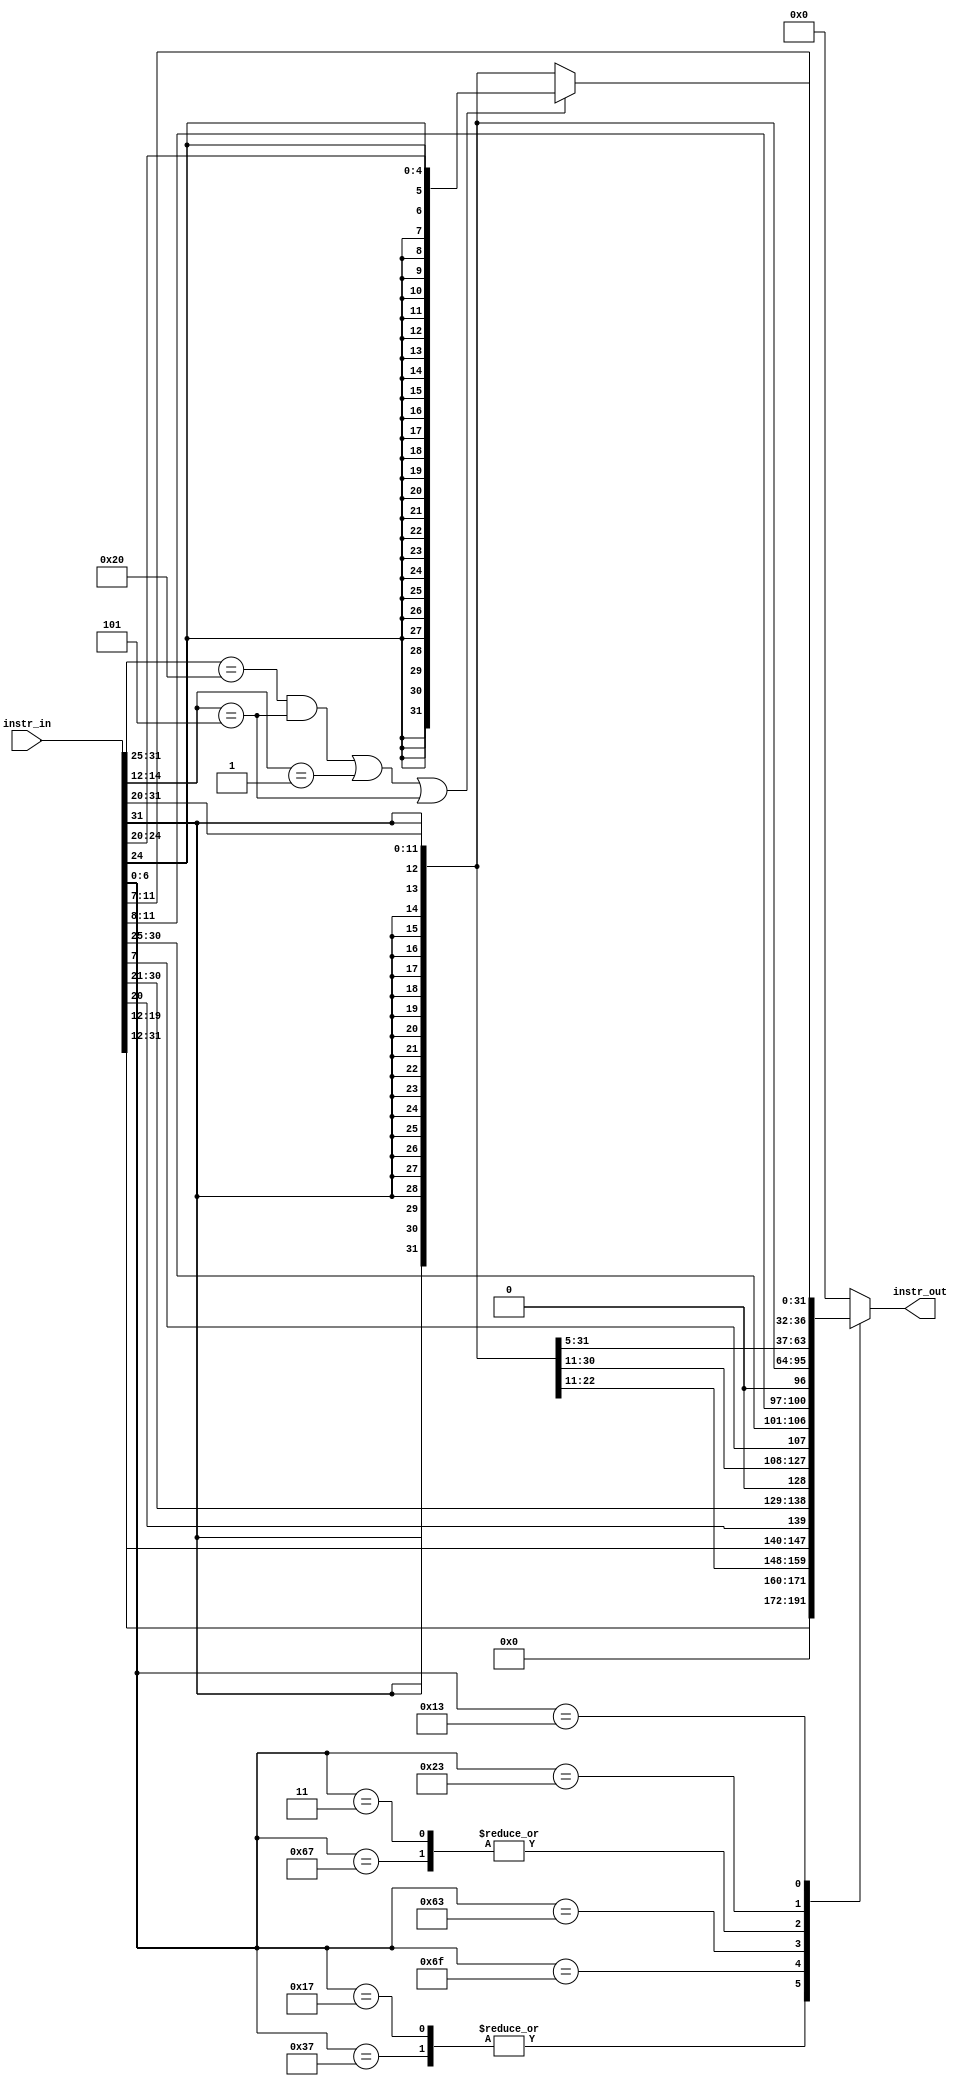
`timescale 1ns / 1ps
//////////////////////////////////////////////////////////////////////////////////
// Company: 
// Engineer: 
// 
// Design Name: 
// Module Name: immext
// Project Name: 
// Target Devices: 
// Tool Versions: 
// Description: 
// 
// Dependencies: 
// 
// Revision:
// Revision 0.01 - File Created
// Additional Comments:
// 
//////////////////////////////////////////////////////////////////////////////////
`default_nettype none

module immext(
    input  wire [31:0]instr_in,
    output wire [31:0] instr_out
    );
    reg [31:0]imm_temp;
    wire [6:0] opcode;
    wire [4:0] rs2_temp;
    assign opcode   = instr_in[6:0];
    assign rs2_temp = instr_in[24:20];
   
//    localparam [6:0]R_TYPE  = 7'b0110011, // op: 000
//                I_TYPE  = 7'b0010011, // op: 001
//                S_TYPE   = 7'b0100011, // op: 010
//                L_TYPE    = 7'b0000011, // op: 011
//                B_TYPE  = 7'b1100011,   // op: 100
//                JALR    = 7'b1100111,   // op: 101
//                JAL     = 7'b1101111,   // op  101
//                AUIPC   = 7'b0010111,   // op: 110
//                LUI     = 7'b0110111;   // op: 110
    


   
   always @(instr_in)
        case (opcode)
        7'b0110111: 
            imm_temp = {instr_in[31:12], 12'b0};//LUI
        7'b0010111: 
            imm_temp = {instr_in[31:12], 12'b0};//AUIPC
        7'b1101111: 
            imm_temp = {{12{instr_in[31]}}, instr_in[19:12], instr_in[20], instr_in[30:21], 1'b0};//JAL
        7'b1100111: 
            imm_temp = {{20{instr_in[31]}}, instr_in[31:20]};//JALR
        7'b1100011: 
            imm_temp = {{20{instr_in[31]}}, instr_in[7], instr_in[30:25], instr_in[11:8], 1'b0};//BEQ, BNE, BLT, BGE, BLUT, BGEU
        7'b0000011: 
            imm_temp = {{20{instr_in[31]}}, instr_in[31:20]};//LB, LH, LW, LBU, LHU
        7'b0100011: 
            imm_temp = {{20{instr_in[31]}}, instr_in[31:25], instr_in[11:7]};//SB, SH, SW
        7'b0010011: 
            begin 
            if((instr_in[31:25]==7'b0100000&&instr_in[14:12]==3'b101)||(instr_in[14:12]==3'b001)||instr_in[14:12]==3'b101)
                imm_temp = {{27{rs2_temp[4]}}, rs2_temp};
            else
                imm_temp = {{20{instr_in[31]}}, instr_in[31:20]};//ADDI, SLTI, SLTIU, XORI, ORI, ANDI
            end
        default
            imm_temp = {32'b0};

endcase

   
   assign instr_out = imm_temp;
endmodule